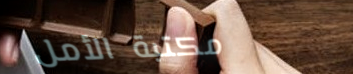
مكتبة الأمل